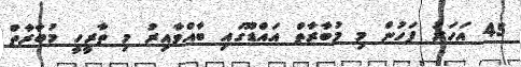
45 އަހަރު ފަހުން މި މުބާރާތް އައްޑޫގައި ބާއްވާއިރު މި ތާރީހީ މުބާރާތް